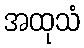
အထုသံ